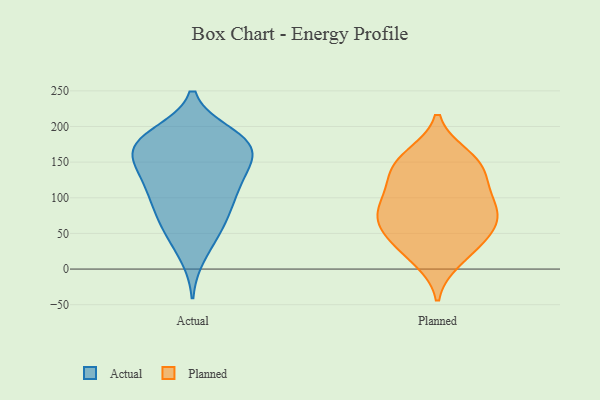
{"axis": {"x": "Production Output", "y": "Value"}, "legend": ["Actual", "Planned"], "data": [{"x": "", "y": 138, "type": "Actual"}, {"x": "", "y": 177, "type": "Actual"}, {"x": "", "y": 189, "type": "Actual"}, {"x": "", "y": 68, "type": "Actual"}, {"x": "", "y": 120, "type": "Actual"}, {"x": "", "y": 116, "type": "Actual"}, {"x": "", "y": 186, "type": "Actual"}, {"x": "", "y": 140, "type": "Actual"}, {"x": "", "y": 19, "type": "Actual"}, {"x": "", "y": 183, "type": "Actual"}, {"x": "", "y": 172, "type": "Actual"}, {"x": "", "y": 166, "type": "Actual"}, {"x": "", "y": 49, "type": "Actual"}, {"x": "", "y": 84, "type": "Actual"}, {"x": "", "y": 142, "type": "Actual"}, {"x": "", "y": 56, "type": "Actual"}, {"x": "", "y": 98, "type": "Actual"}, {"x": "", "y": 173, "type": "Actual"}, {"x": "", "y": 99, "type": "Actual"}, {"x": "", "y": 164, "type": "Actual"}, {"x": "", "y": 39, "type": "Planned"}, {"x": "", "y": 55, "type": "Planned"}, {"x": "", "y": 117, "type": "Planned"}, {"x": "", "y": 157, "type": "Planned"}, {"x": "", "y": 88, "type": "Planned"}, {"x": "", "y": 123, "type": "Planned"}, {"x": "", "y": 63, "type": "Planned"}, {"x": "", "y": 82, "type": "Planned"}, {"x": "", "y": 142, "type": "Planned"}, {"x": "", "y": 159, "type": "Planned"}, {"x": "", "y": 13, "type": "Planned"}, {"x": "", "y": 56, "type": "Planned"}, {"x": "", "y": 143, "type": "Planned"}, {"x": "", "y": 80, "type": "Planned"}, {"x": "", "y": 91, "type": "Planned"}, {"x": "", "y": 23, "type": "Planned"}]}